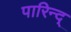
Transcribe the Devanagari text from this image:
पारिन्द्